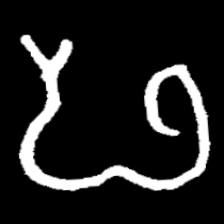
Pyu character \u2014 Myanmar letter: ဖ (romanized: pha)